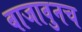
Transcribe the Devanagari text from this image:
बाजावुनच